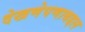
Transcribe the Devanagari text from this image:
देखणेपणाबद्दल